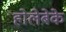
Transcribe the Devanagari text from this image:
होलेबेके